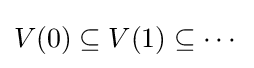
V(0)\subseteq V(1)\subseteq \cdots